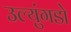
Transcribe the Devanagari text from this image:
उल्युंगडो